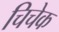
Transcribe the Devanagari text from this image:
चिचेक